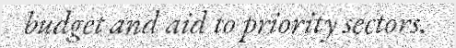
budget and aid to priority sectors.